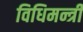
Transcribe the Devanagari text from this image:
विधिमन्त्री